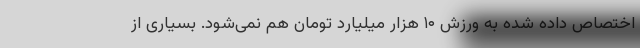
اختصاص داده شده به ورزش ۱۰ هزار میلیارد تومان هم نمی‌شود. بسیاری از